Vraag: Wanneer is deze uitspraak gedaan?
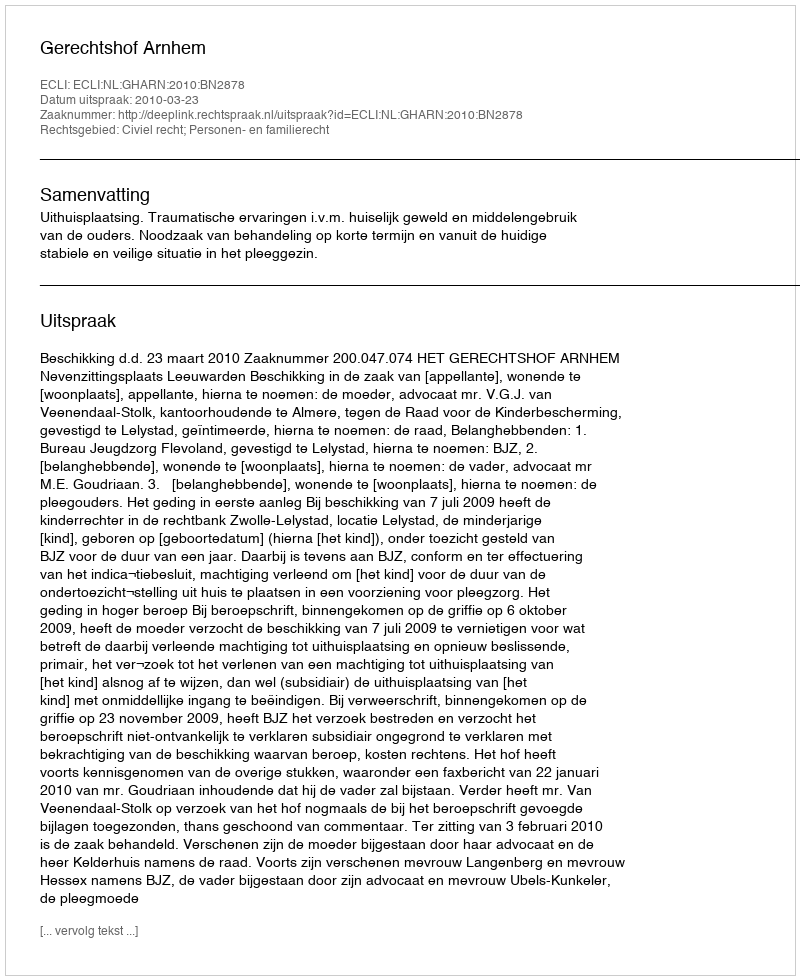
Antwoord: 2010-03-23